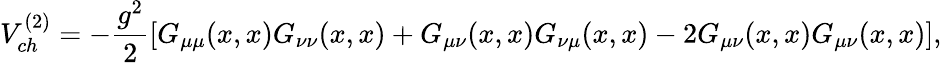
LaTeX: V_{ch}^{(2)}=-\frac{g^{2}}{2}[G_{\mu\mu}(x,x)G_{\nu\nu}(x,x)+G_{\mu\nu}(x,x)G_{\nu\mu}(x,x)-2G_{\mu\nu}(x,x)G_{\mu\nu}(x,x)],